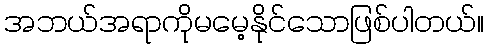
အဘယ်အရာကိုမမေ့နိုင်သောဖြစ်ပါတယ်။